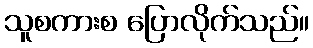
သူစကားစ ပြောလိုက်သည်။